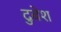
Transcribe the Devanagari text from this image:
दुबेश